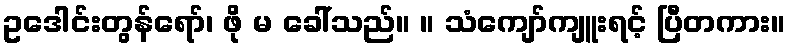
ဥဒေါင်းတွန်ရော်၊ ဖို မ ခေါ်သည်။ ။ သံကျော်ကျူးရင့် ပြီတကား။